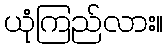
ယုံကြည်လား။